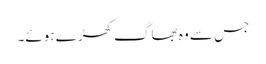
جس سے وہ بھاگ کھڑے ہوئے۔